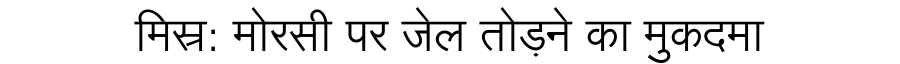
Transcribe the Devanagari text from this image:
मिस्र: मोरसी पर जेल तोड़ने का मुकदमा